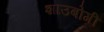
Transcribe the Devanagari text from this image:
शाउबोगी